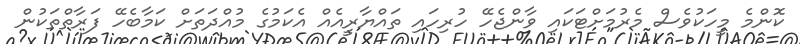
ކޮންމެ މީހަކުވެސް މެރުމަށްޓަކައި ވާންޖެހޭ ހުރިހައި ތައްޔާރީއެއް އެކަމުގެ މުއްދަތަށް ކަމާބެހޭ ފަރާތްތަކުން